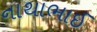
નાથાભાઈ